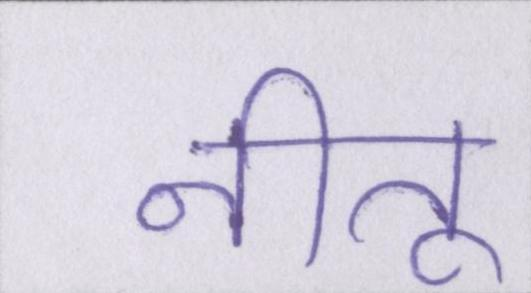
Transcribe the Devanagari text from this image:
नीतू